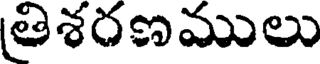
తిశరణములు